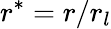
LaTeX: r^{*}=r/r_{l}